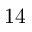
1 4